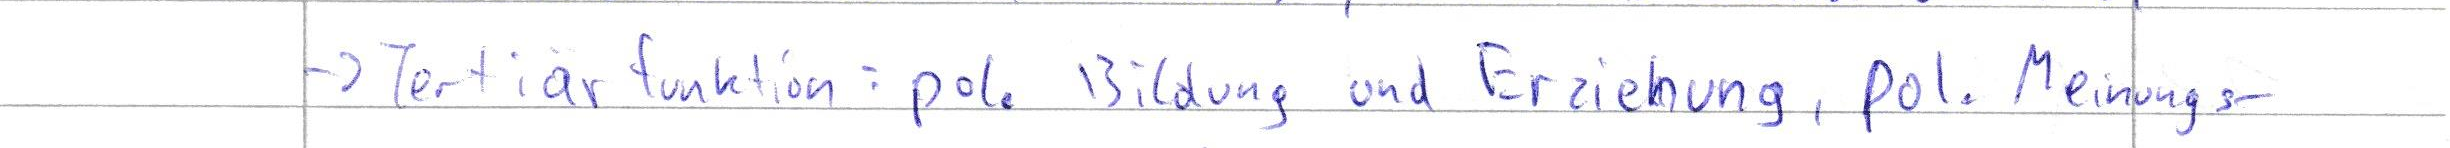
-> Tertiärfunktion: pol. Bildung und Erziehung, pol. Meinungs-